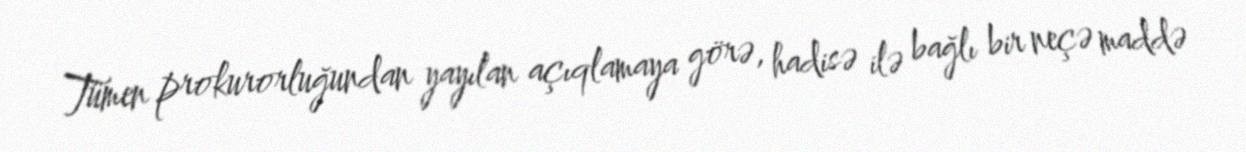
Tümen prokurorluğundan yayılan açıqlamaya görə, hadisə ilə bağlı bir neçə maddə